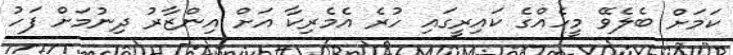
ކަމަށް ބެލެވޭ މީހެއްގެ ކައިރީގައި ހުރެ އެމެރިކާ އަށް އިންޒާރު ދިނުމަށް ފަހު